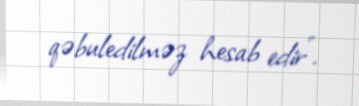
qəbuledilməz hesab edir”.